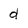
Character: d